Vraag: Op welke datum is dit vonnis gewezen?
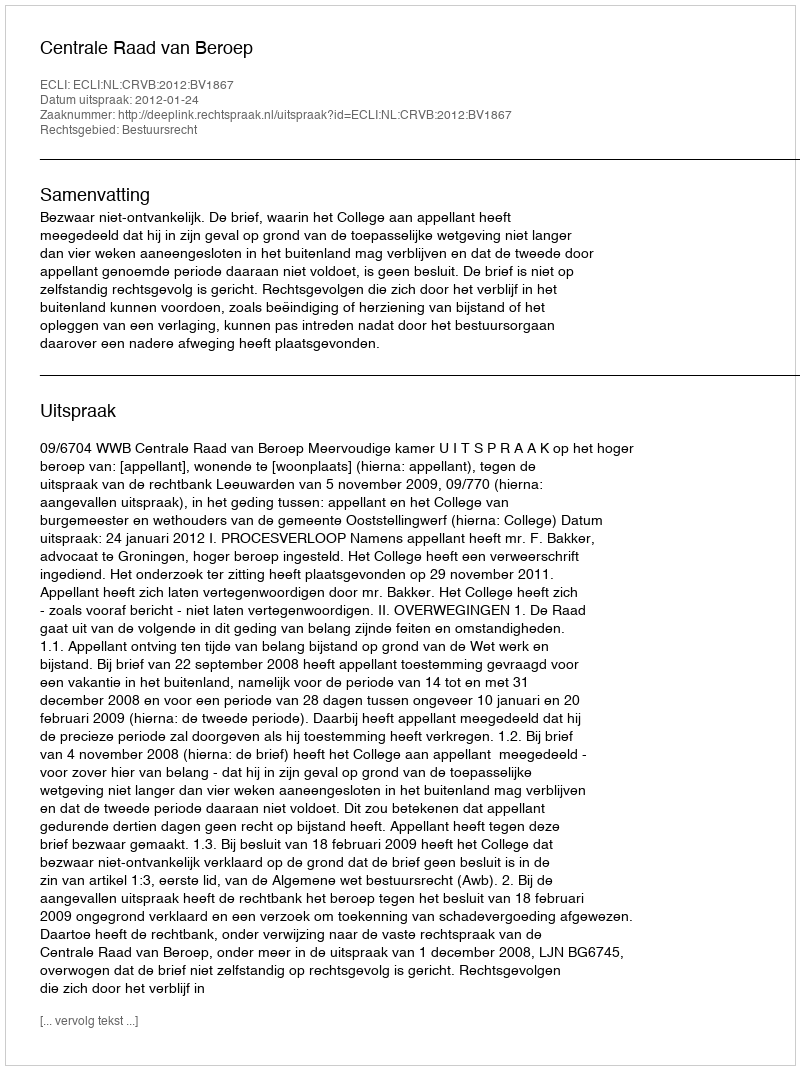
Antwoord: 2012-01-24